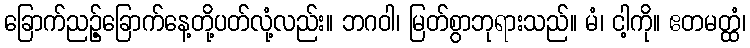
ခြောက်ညဉ့်ခြောက်နေ့တို့ပတ်လုံ့လည်း။ ဘဂဝါ၊ မြတ်စွာဘုရားသည်။ မံ၊ ငါ့ကို။ ဧတမတ္ထံ၊